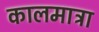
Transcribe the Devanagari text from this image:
कालमात्रा